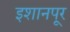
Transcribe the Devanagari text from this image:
इशानपूर